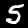
Label: 5